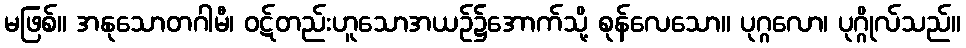
မဖြစ်။ အနုသောတဂါမီ၊ ဝဋ်တည်းဟူသောအယဉ်၌အောက်သို့ စုန်လေသော။ ပုဂ္ဂလော၊ ပုဂ္ဂိုလ်သည်။